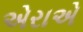
એરાએ